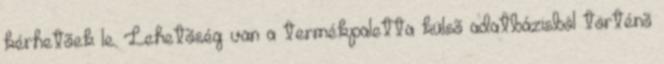
kérhetõek le. Lehetõség van a termékpaletta külsõ adatbázisból történõ